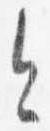
今